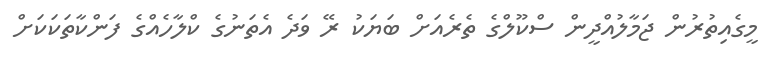
މީގެއިތުރުން ޖަމާލުއްދީން ސްކޫލްގެ ތެރެއަށް ބަޔަކު ރޭ ވަދެ އެތަނުގެ ކްލާހެއްގެ ފަންކާތަކަކަށް